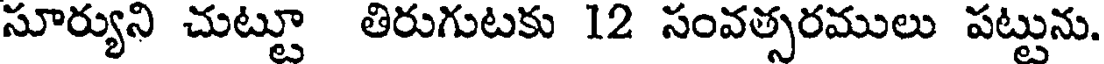
సూర్యుని చుట్టూ తిరుగుటకు 12 సంవత్సరములు పట్టును.